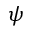
\boldsymbol { \psi }